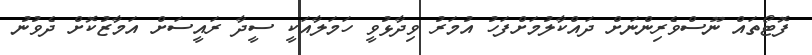
ފޮޓޯތައް ނޫސްވެރިންނަށް ދައްކާލުމަށްފަހު އުމަރު ވިދާޅުވީ ހަމަލާއަކީ ސީދާ ރައީސަށް އަމާޒުކޮށް ދެވުނު